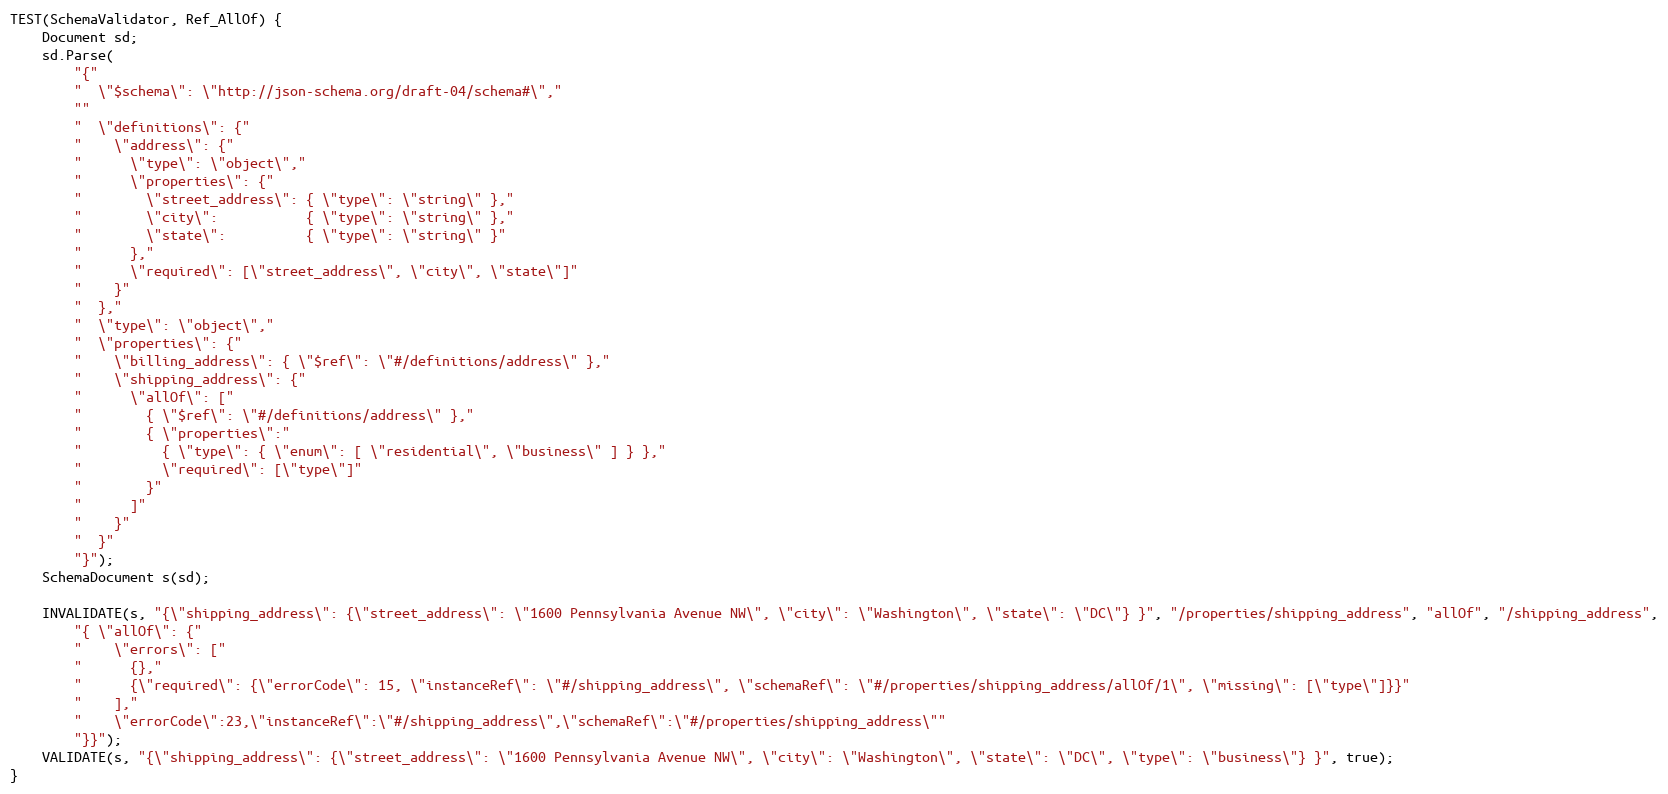
Language: C++
TEST(SchemaValidator, Ref_AllOf) {
    Document sd;
    sd.Parse(
        "{"
        "  \"$schema\": \"http://json-schema.org/draft-04/schema#\","
        ""
        "  \"definitions\": {"
        "    \"address\": {"
        "      \"type\": \"object\","
        "      \"properties\": {"
        "        \"street_address\": { \"type\": \"string\" },"
        "        \"city\":           { \"type\": \"string\" },"
        "        \"state\":          { \"type\": \"string\" }"
        "      },"
        "      \"required\": [\"street_address\", \"city\", \"state\"]"
        "    }"
        "  },"
        "  \"type\": \"object\","
        "  \"properties\": {"
        "    \"billing_address\": { \"$ref\": \"#/definitions/address\" },"
        "    \"shipping_address\": {"
        "      \"allOf\": ["
        "        { \"$ref\": \"#/definitions/address\" },"
        "        { \"properties\":"
        "          { \"type\": { \"enum\": [ \"residential\", \"business\" ] } },"
        "          \"required\": [\"type\"]"
        "        }"
        "      ]"
        "    }"
        "  }"
        "}");
    SchemaDocument s(sd);

    INVALIDATE(s, "{\"shipping_address\": {\"street_address\": \"1600 Pennsylvania Avenue NW\", \"city\": \"Washington\", \"state\": \"DC\"} }", "/properties/shipping_address", "allOf", "/shipping_address",
        "{ \"allOf\": {"
        "    \"errors\": ["
        "      {},"
        "      {\"required\": {\"errorCode\": 15, \"instanceRef\": \"#/shipping_address\", \"schemaRef\": \"#/properties/shipping_address/allOf/1\", \"missing\": [\"type\"]}}"
        "    ],"
        "    \"errorCode\":23,\"instanceRef\":\"#/shipping_address\",\"schemaRef\":\"#/properties/shipping_address\""
        "}}");
    VALIDATE(s, "{\"shipping_address\": {\"street_address\": \"1600 Pennsylvania Avenue NW\", \"city\": \"Washington\", \"state\": \"DC\", \"type\": \"business\"} }", true);
}